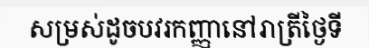
សម្រស់ដូចបវរកញ្ញានៅរាត្រីថ្ងៃទី